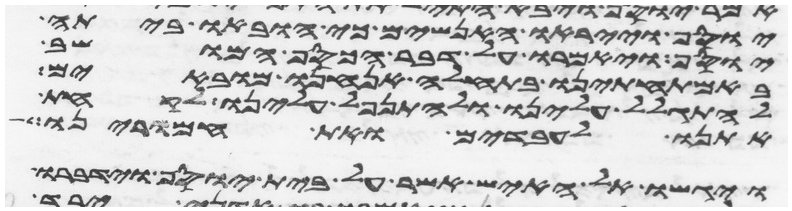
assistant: יוסף וייראו האנשים כי הובאו ביתה
יוסף ויאמרו על דבר הכסף המושב
באמתחתינו בתחלה אנחנו מובאים
להתגלל עלינו ולהתנפל עלינו לקחת
אתנו לעבדים ואת חמרינו
ויגשו אל האיש אשר על בית יוסף וידברו